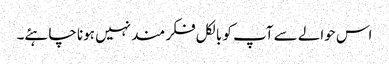
اس حوالے سے آپ کو بالکل فکر مند نہیں ہونا چاہئے۔